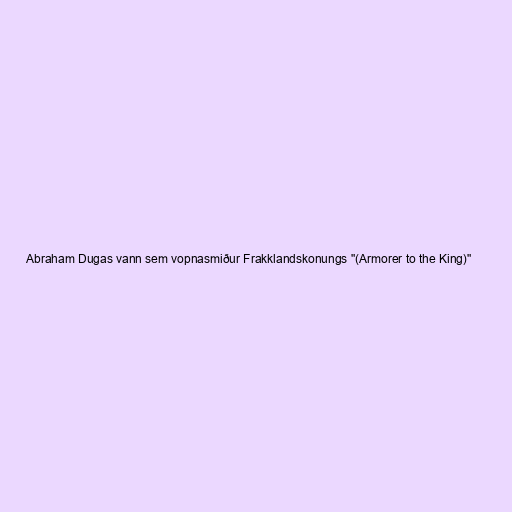
Abraham Dugas vann sem vopnasmiður Frakklandskonungs "(Armorer to the King)"